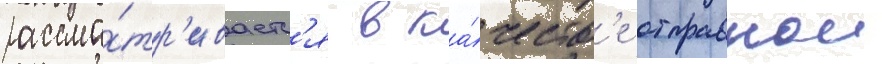
рассма́тр'иваетс'я в ка́честв'е отправнои